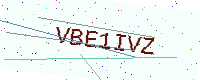
Text: VBE1IVZ